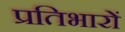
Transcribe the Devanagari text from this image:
प्रतिभारों